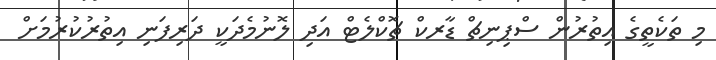
މި ތަކެތީގެ އިތުރުން ސްޕިނިޗް ޑާރކް ޗޮކްލެޓް އަދި ލޮނުމެދަކީ ދަރިފަނި އިތުރުކުރުމަށް